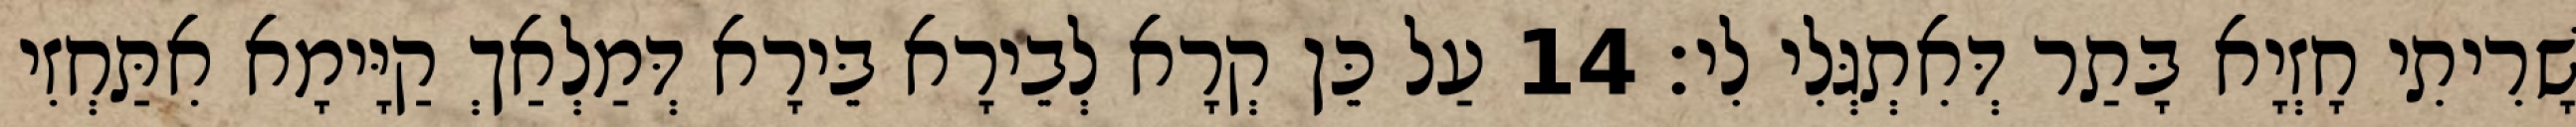
שָׁרִיתִי חָזְיָא בָּתַר דְּאִתְגְּלִי לִי׃ 14 עַל כֵּן קְרָא לְבֵירָא בֵּירָא דְּמַלְאַךְ קַיָּימָא אִתַּחְזִי